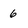
Character: 6